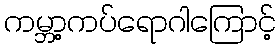
ကမ္ဘာ့ကပ်ရောဂါကြောင့်